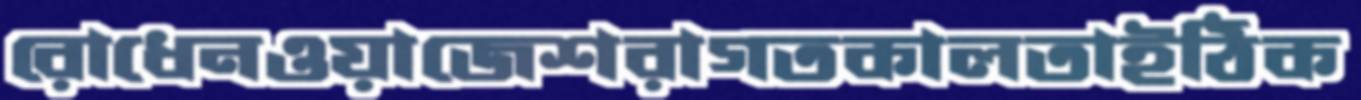
রোধেনওয়াজেশরাগতকালতাইঠিক